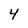
Character: 4